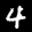
Label: 4